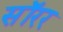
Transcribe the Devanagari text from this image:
सॉरर